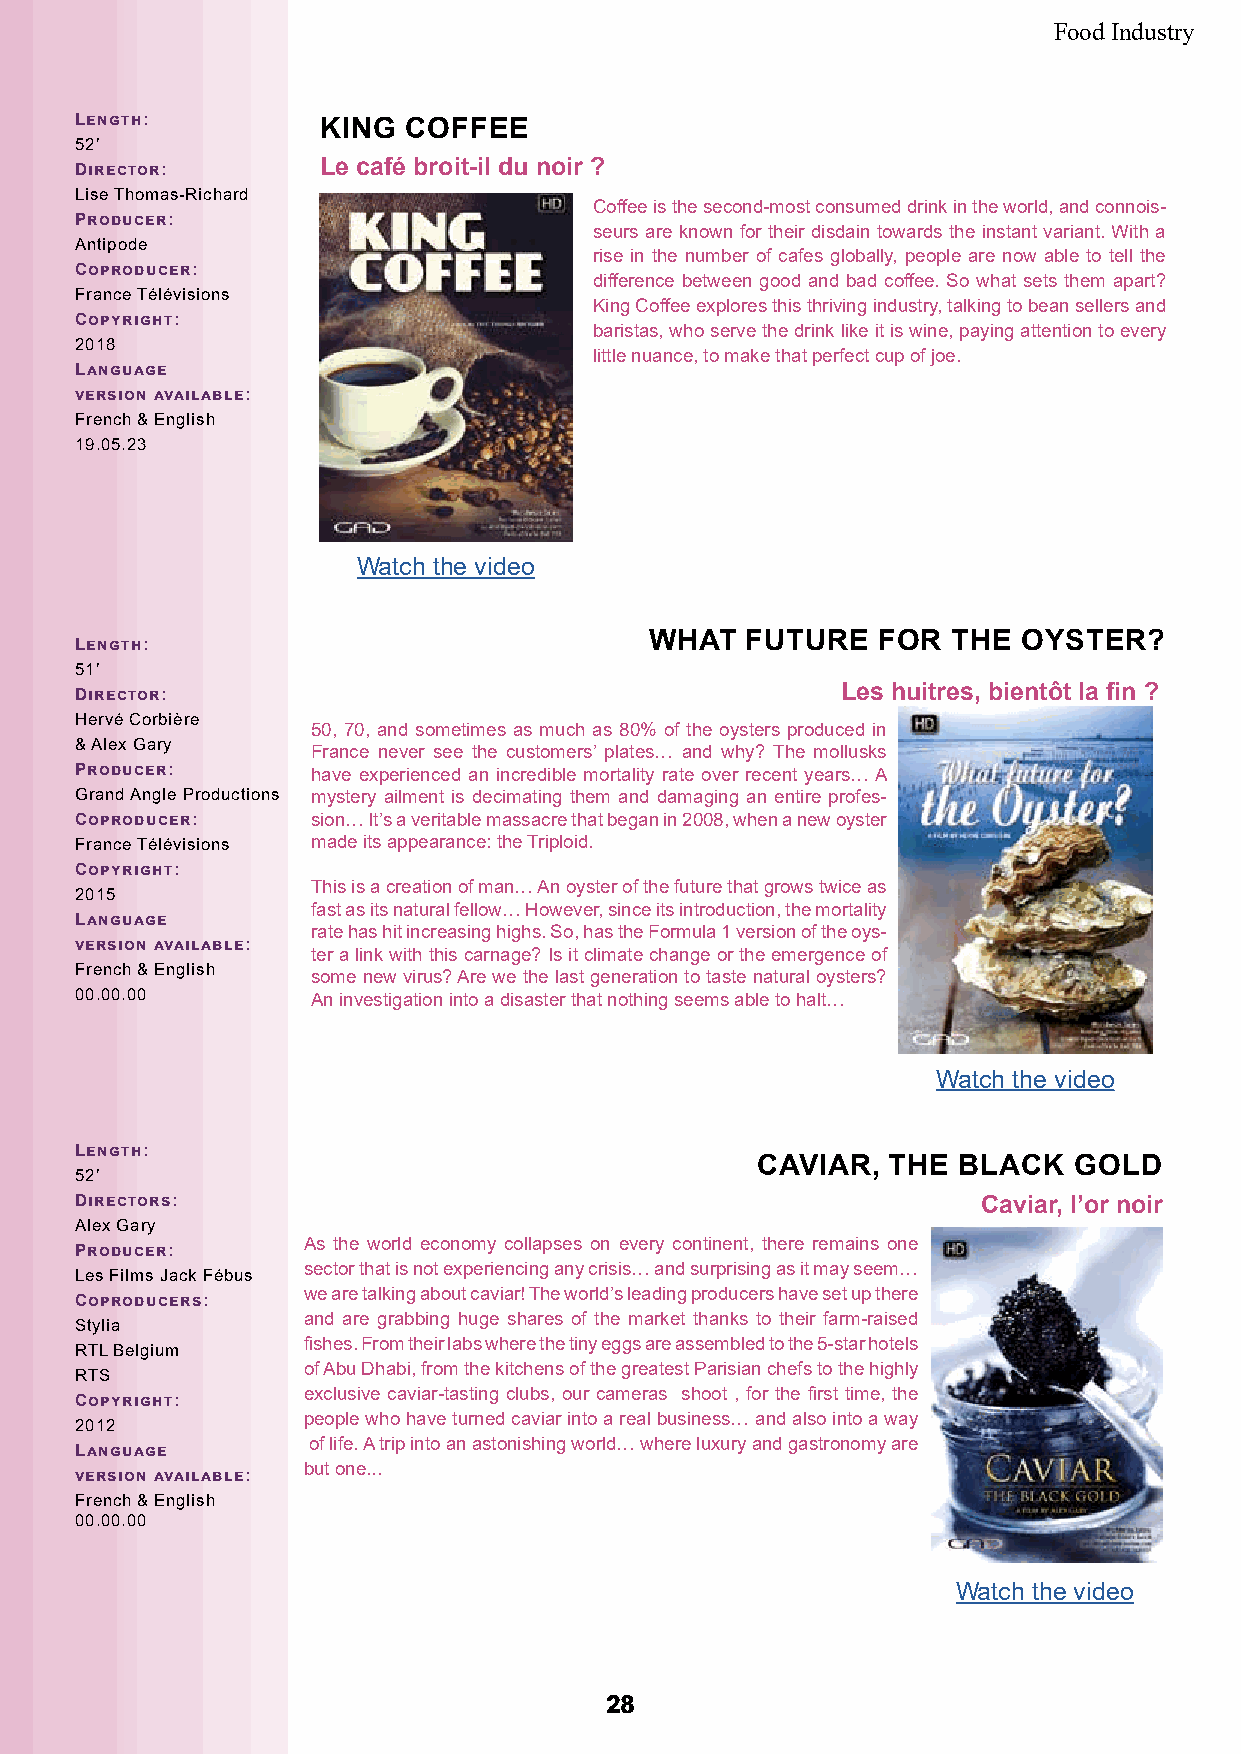
Food Industry
 Length:         KING  COFFEE
 52’
 Director:       Le café broit-il du noir ?
 Lise Thomas-Richard
 Coffee is the second-most consumed drink in the world, and connois-
 Producer:
 seurs are known for their disdain towards the instant variant. With a
 Antipode
 rise in the number of cafes globally, people are now able to tell the
 Coproducer:
 difference between good and bad coffee. So what sets them apart?
 France Télévisions
 King Coffee explores this thriving industry, talking to bean sellers and
 Copyright:
 baristas, who serve the drink like it is wine, paying attention to every
 2018
 little nuance, to make that perfect cup of joe.
 Language
 version available:
 French & English
 19.05.23
 Watch the video
 WHAT  FUTURE   FOR  THE  OYSTER?
 Length:
 51’
 Director:                                          Les huitres, bientôt la fin ?
 Hervé Corbière
 50, 70, and sometimes as much as 80% of the oysters produced in
 & Alex Gary
 France never see the customers’ plates… and why? The mollusks
 Producer:       have experienced an incredible mortality rate over recent years… A
 Grand Angle Productions mystery ailment is decimating them and damaging an entire profes-
 Coproducer:     sion… It’s a veritable massacre that began in 2008, when a new oyster
 France Télévisions made its appearance: the Triploid.
 Copyright:
 This is a creation of man… An oyster of the future that grows twice as
 2015
 fast as its natural fellow… However, since its introduction, the mortality
 Language
 rate has hit increasing highs. So, has the Formula 1 version of the oys-
 version available:
 ter a link with this carnage? Is it climate change or the emergence of
 French & English
 some new virus? Are we the last generation to taste natural oysters?
 00.00.00        An investigation into a disaster that nothing seems able to halt…
 Watch the video
 Length:
 CAVIAR,  THE BLACK   GOLD
 52’
 Directors:                                                  Caviar, l’or noir
 Alex Gary
 As the world economy collapses on every continent, there remains one
 Producer:
 sector that is not experiencing any crisis… and surprising as it may seem…
 Les Films Jack Fébus
 we are talking about caviar! The world’s leading producers have set up there
 Coproducers:
 and are grabbing huge shares of the market thanks to their farm-raised
 Stylia
 fishes. From their labs where the tiny eggs are assembled to the 5-star hotels
 RTL Belgium
 of Abu Dhabi, from the kitchens of the greatest Parisian chefs to the highly
 RTS
 exclusive caviar-tasting clubs, our cameras shoot , for the first time, the
 Copyright:
 people who have turned caviar into a real business… and also into a way
 2012
 of life. A trip into an astonishing world… where luxury and gastronomy are
 Language
 but one...
 version available:
 French & English
 00.00.00
 Watch the video
 2288